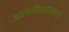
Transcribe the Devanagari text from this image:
आत्मविश्वासाचा